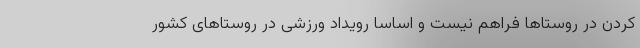
کردن در روستاها فراهم نیست و اساسا رویداد ورزشی در روستاهای کشور